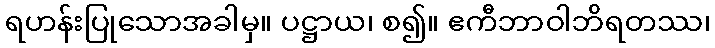
ရဟန်းပြုသောအခါမှ။ ပဋ္ဌာယ၊ စ၍။ ဧကီဘာဝါဘိရတဿ၊